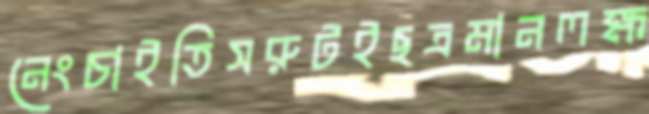
নেংচাইতিসরুটইছত্রমানলক্ষ